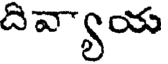
దివ్యాయ